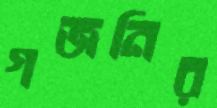
গজনির